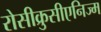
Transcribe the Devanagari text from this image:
रोसीक्रुसीएनिज्म